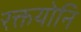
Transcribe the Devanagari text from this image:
रक्तयोनि